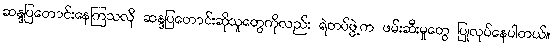
ဆန္ဒပြတောင်းနေကြသလို ဆန္ဒပြတောင်းဆိုသူတွေကိုလည်း ရဲတပ်ဖွဲ့က ဖမ်းဆီးမှုတွေ ပြုလုပ်နေပါတယ်။